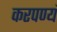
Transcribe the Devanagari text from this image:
करपण्यं